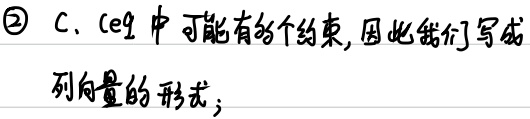
\textcircled{2} C、ceq 中可能有多个约束, 因此我们写成列向量的形式;